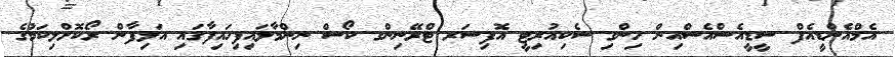
އެމްއެންޑީއެފް ސީޑީއެސްއެސްއިން ހިންގި ސެކިއުރިޓީ އޮފިސަރ ޓްރޭނިންގ ކޯސް ނިންމާލައިފިހައިފާގައި އަލިފާން ރޯކޮށްލިކަމުގެ